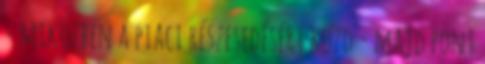
- miközben a piaci részesedésért küzd - majd pont